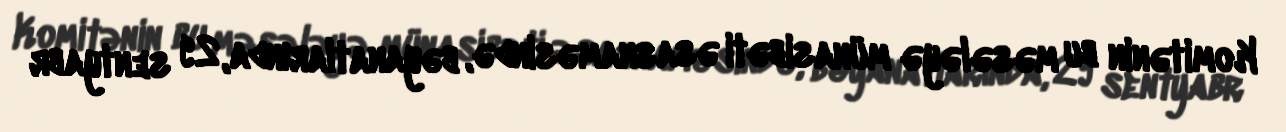
Komitənin bu məsələyə münasibəti əsasnaməsində, bəyanatlarında, 29 sentyabr